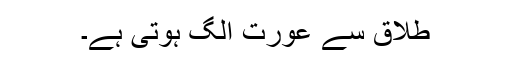
طلاق سے عورت الگ ہوتی ہے۔